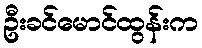
ဦးခင်မောင်ထွန်းက